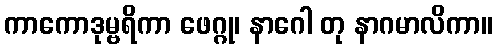
ကာကောဒုမ္ဗရိကာ ဖေဂ္ဂု၊ နာဂေါ တု နာဂမာလိကာ။